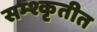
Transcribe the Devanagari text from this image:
सम्श्कृतीत